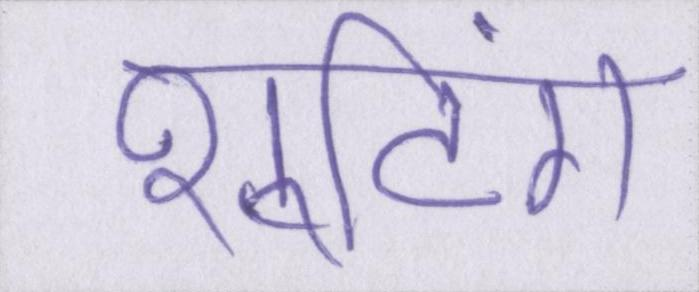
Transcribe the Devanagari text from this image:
शूटिंग